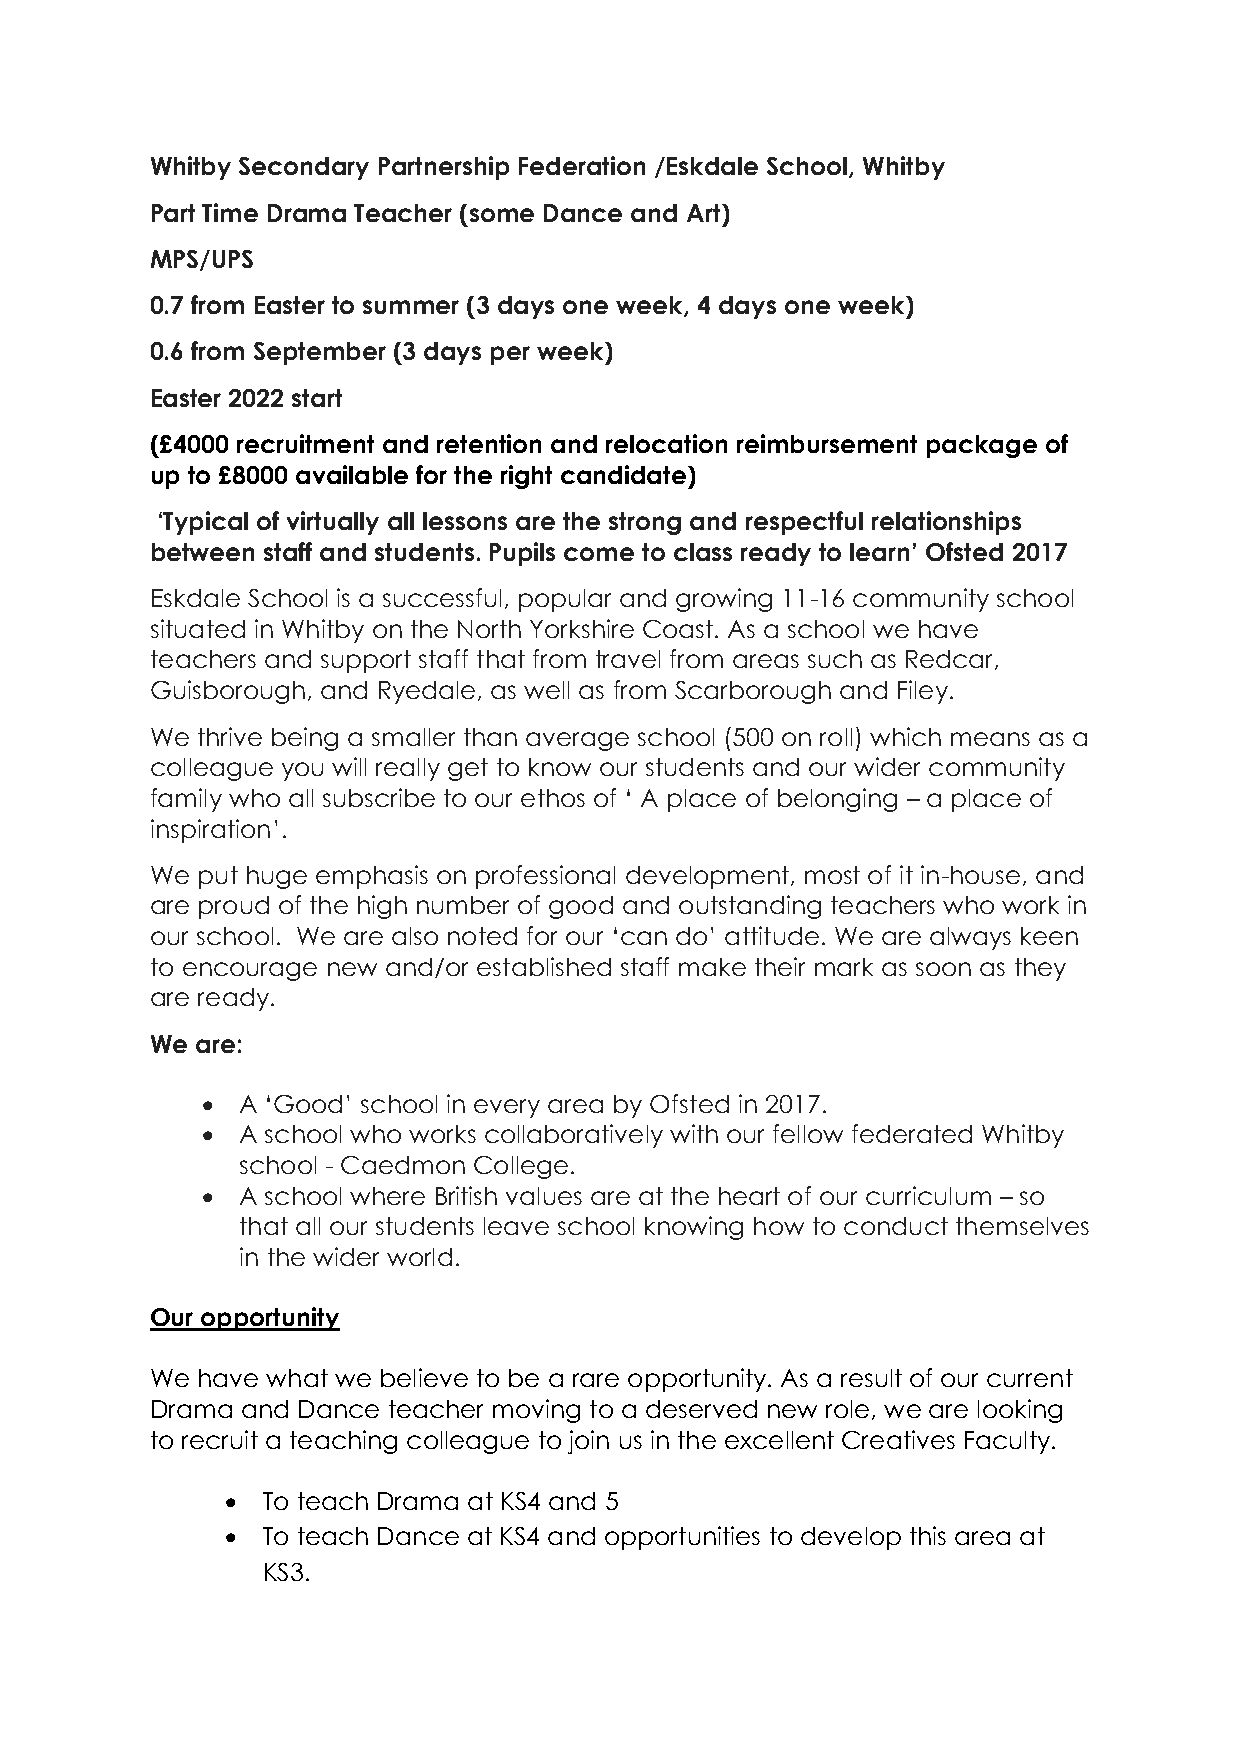
Whitby Secondary Partnership Federation /Eskdale School, Whitby
 Part Time Drama Teacher (some Dance and Art)
 MPS/UPS
 0.7 from Easter to summer (3 days one week, 4 days one week)
 0.6 from September (3 days per week)
 Easter 2022 start
 (£4000 recruitment and retention and relocation reimbursement package of
 up to £8000 available for the right candidate)
 ‘Typical of virtually all lessons are the strong and respectful relationships
 between staff and students. Pupils come to class ready to learn’ Ofsted 2017
 Eskdale School is a successful, popular and growing 11-16 community school
 situated in Whitby on the North Yorkshire Coast. As a school we have
 teachers and support staff that from travel from areas such as Redcar,
 Guisborough, and Ryedale, as well as from Scarborough and Filey.
 We thrive being a smaller than average school (500 on roll) which means as a
 colleague you will really get to know our students and our wider community
 family who all subscribe to our ethos of ‘ A place of belonging – a place of
 inspiration’.
 We put huge emphasis on professional development, most of it in-house, and
 are proud of the high number of good and outstanding teachers who work in
 our school. We are also noted for our ‘can do’ attitude. We are always keen
 to encourage new and/or established staff make their mark as soon as they
 are ready.
 We are:
 •  A ‘Good’ school in every area by Ofsted in 2017.
 •  A school who works collaboratively with our fellow federated Whitby
 school - Caedmon College.
 •  A school where British values are at the heart of our curriculum – so
 that all our students leave school knowing how to conduct themselves
 in the wider world.
 Our opportunity
 We have what we believe to be a rare opportunity. As a result of our current
 Drama and Dance teacher moving to a deserved new role, we are looking
 to recruit a teaching colleague to join us in the excellent Creatives Faculty.
 • To teach Drama at KS4 and 5
 • To teach Dance at KS4 and opportunities to develop this area at
 KS3.